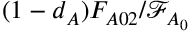
( 1 - d _ { A } ) F _ { A 0 2 } / \mathcal { F } _ { A _ { 0 } }